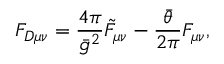
F _ { D \mu \nu } = \frac { 4 \pi } { \bar { g } ^ { 2 } } \tilde { F } _ { \mu \nu } - \frac { \bar { \theta } } { 2 \pi } F _ { \mu \nu } ,